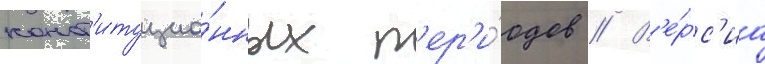
конст'итуцио́нных п'ер'и́одов // В'е́рс'иа